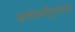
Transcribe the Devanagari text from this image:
आनंदमयीपुरस्कार